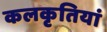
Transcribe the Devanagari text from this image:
कलकृतियां